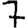
Digit: 7